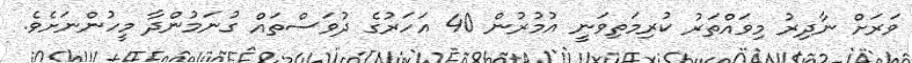
ވަރަށް ނާދިރު މިވައްތަރު ކުރިމަތިވަނީ އުމުރުން 40 އަހަރުގެ ދުވަސްތައް ގުނަމުންދާ މީހުންނަށެވެ.